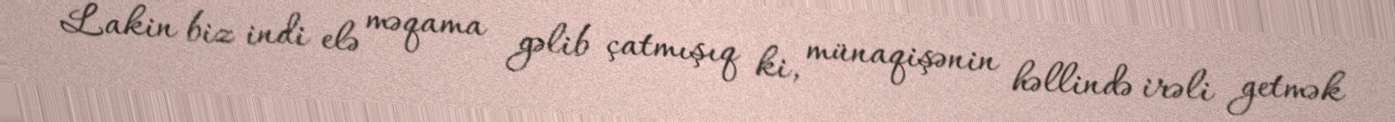
Lakin biz indi elə məqama gəlib çatmışıq ki, münaqişənin həllində irəli getmək